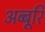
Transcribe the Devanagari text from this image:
अब्बूरि